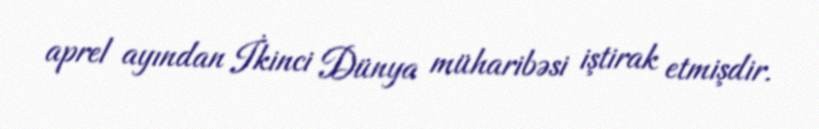
aprel ayından İkinci Dünya müharibəsi iştirak etmişdir.